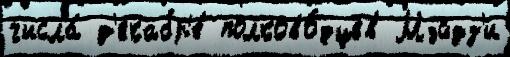
числа́ д'екабр'е́ полково́дцев Мэйдз'и